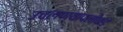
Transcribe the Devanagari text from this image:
उचलण्यापलीकडे